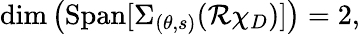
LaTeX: \begin{array}{r}{\mathrm{dim}\left(\mathrm{Span}[\Sigma_{(\theta,s)}({\mathcal R}\chi_{D})]\right)=2,}\end{array}